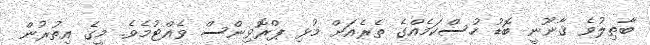
ބާޠިލުވެ ޤާނޫނީ ބޮޑު ހުސްކަމެއްގެ ތެރެއަށް މުޅި ޕްރޮވިންސް ވެއްޓުމެވެ. މީގެ އިތުރުން